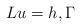
LaTeX: \begin{align*}Lu=h, \Gamma\end{align*}